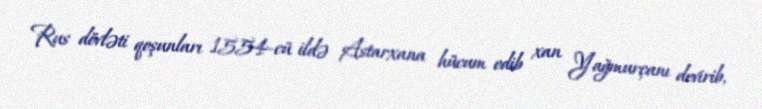
Rus dövləti qoşunları 1554-cü ildə Astarxana hücum edib xan Yağmurçanı devirib,